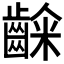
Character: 𮯉